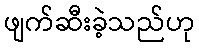
ဖျက်ဆီးခဲ့သည်ဟု